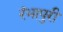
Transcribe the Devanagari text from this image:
रंभापुरी